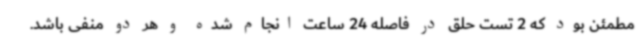
مطمئن بود که 2 تست حلق در فاصله 24 ساعت انجام شده و هر دو منفی باشد.